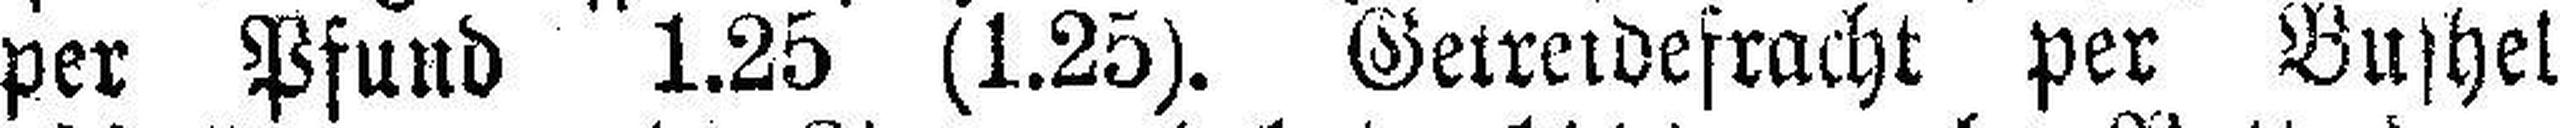
per Pfund 1.25 (1.25). Getreidefracht per Bushel